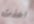
اخذت